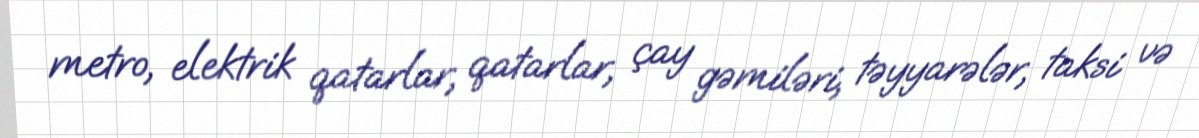
metro, elektrik qatarlar, qatarlar, çay gəmiləri, təyyarələr, taksi və